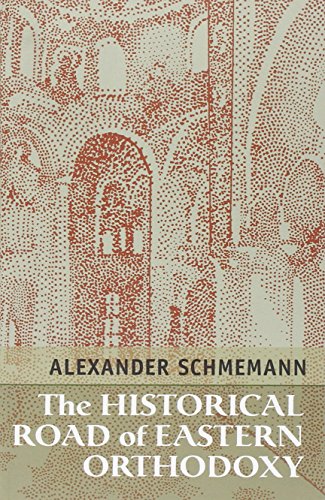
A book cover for The Historical Road of Eastern Orthodoxy; Alexander Schmemann; Christian Books & Bibles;